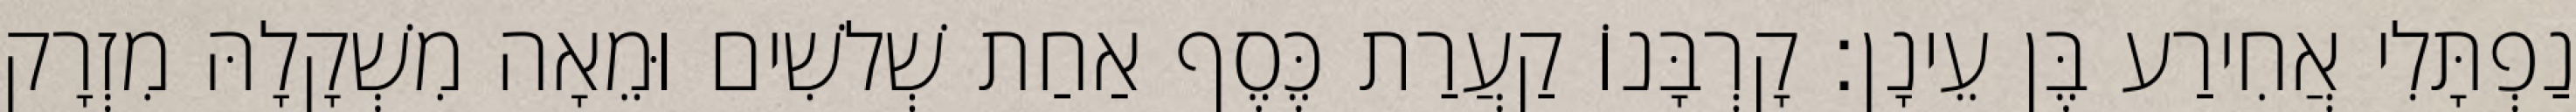
נַפְתָּלִי אֲחִירַע בֶּן עֵינָן׃ קָרְבָּנוֹ קַעֲרַת כֶּסֶף אַחַת שְׁלשִׁים וּמֵאָה מִשְׁקָלָהּ מִזְרָק